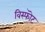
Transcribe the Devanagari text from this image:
विस्फॊट